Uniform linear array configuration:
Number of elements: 64
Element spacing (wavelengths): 1
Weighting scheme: hamming
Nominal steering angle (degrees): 15
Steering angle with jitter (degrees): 16.1
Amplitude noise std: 0.05
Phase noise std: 0.05

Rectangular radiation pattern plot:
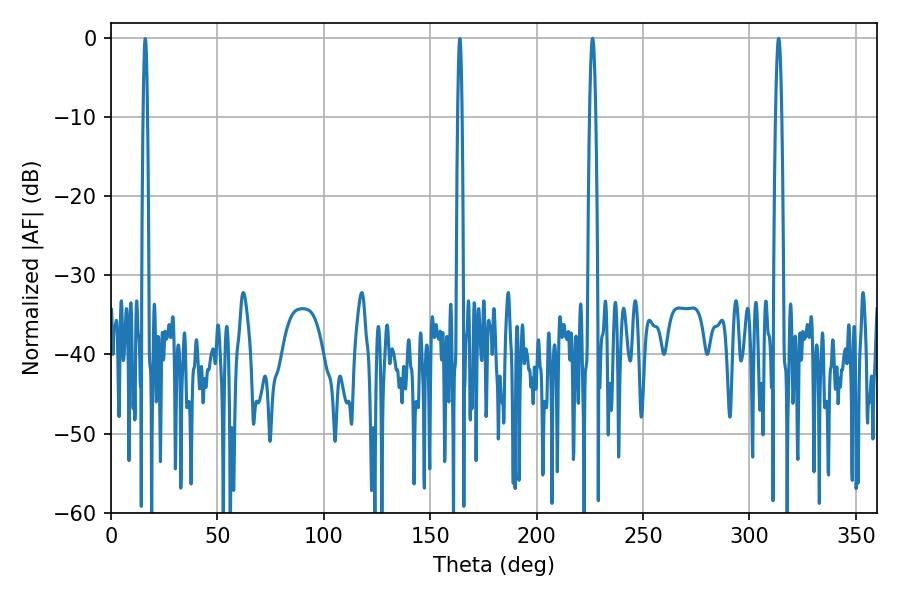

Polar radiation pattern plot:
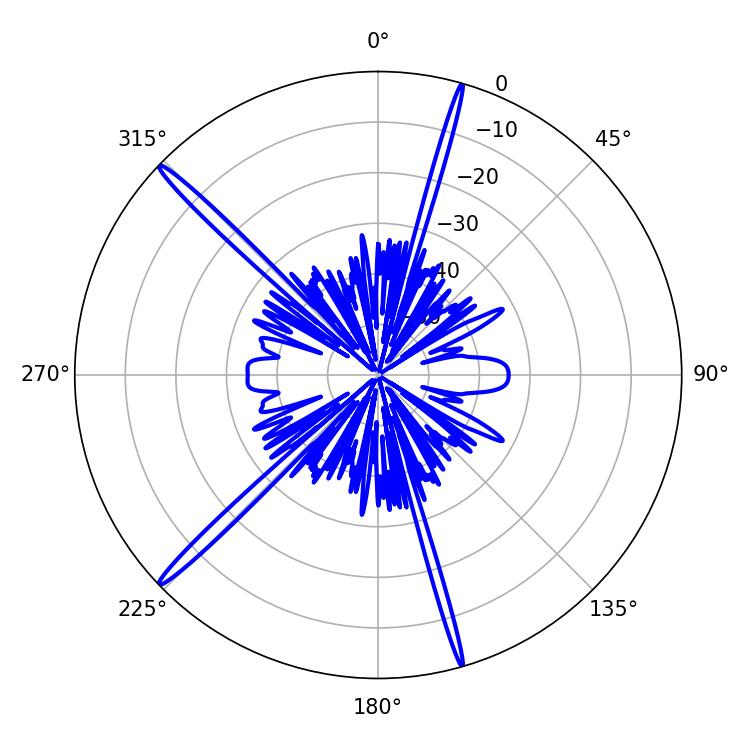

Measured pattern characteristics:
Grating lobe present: TRUE
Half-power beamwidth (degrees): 1.44
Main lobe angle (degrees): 226.26